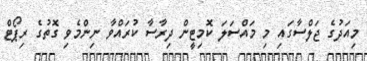
މިއަދުގެ ޖަލްސާގައި މި މައްސަލަ ކޮމިޓީން ދިރާސާ ކުރައްވާ ނިންމެވި ގޮތުގެ ރިޕޯޓް